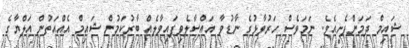
ޝައިމް ދަމަންފެށިއެވެ. ނަމަވެސް ހަރުވާޅުގެ ނާޑުވާ އައްސާލެވިފައިވާލެއް ބާރުކަމުން ޝައިމް އެއްއަތުން އަލްޔާގެ